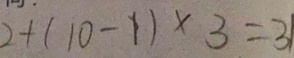
2 + ( 1 0 - 1 ) \times 3 = 3 1